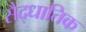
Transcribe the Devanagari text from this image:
सैद्धातिक